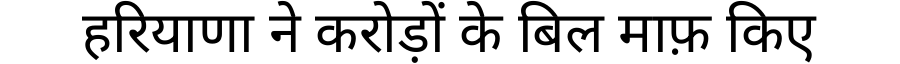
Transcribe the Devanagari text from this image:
हरियाणा ने करोड़ों के बिल माफ़ किए